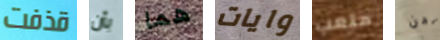
قذفت بأن هما وايات متعب نحن